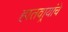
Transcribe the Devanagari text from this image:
हातवार्‍यांचे